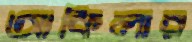
আকিলার